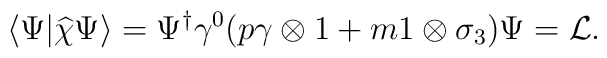
\langle\Psi\vert\widehat{\chi}\Psi\rangle=\Psi^\dagger\gamma^0(p\gamma\otimes 1+m1\otimes\sigma_3)\Psi={\cal L}.